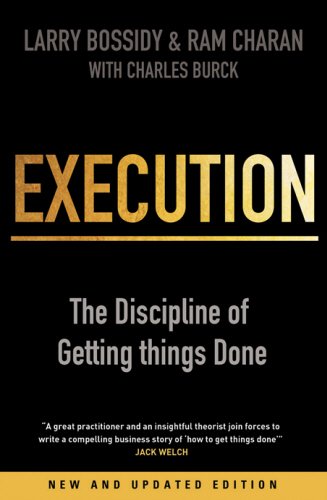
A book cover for Execution: The Discipline of Getting Things Done; Larry Bossidy; Business & Money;